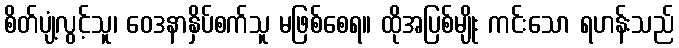
စိတ်ပျံ့လွင့်သူ၊ ဝေဒနာနှိပ်စက်သူ မဖြစ်စေရ။ ထိုအပြစ်မျိုး ကင်းသော ရဟန်းသည်